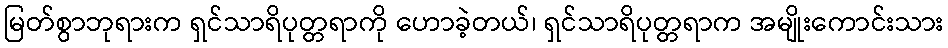
မြတ်စွာဘုရားက ရှင်သာရိပုတ္တရာကို ဟောခဲ့တယ်၊ ရှင်သာရိပုတ္တရာက အမျိုးကောင်းသား